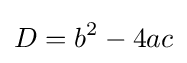
D=b^{2}-4ac